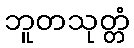
ဘူတသုတ္တံ